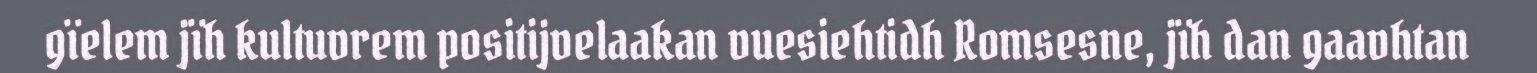
gïelem jïh kultuvrem positijvelaakan vuesiehtidh Romsesne, jïh dan gaavhtan